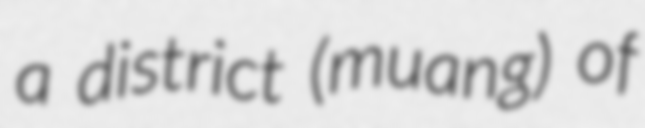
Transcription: a district (muang) of